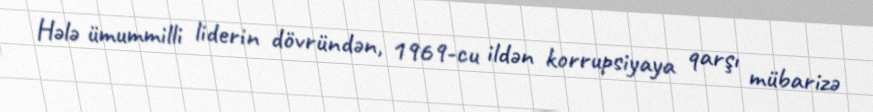
Hələ ümummilli liderin dövründən, 1969-cu ildən korrupsiyaya qarşı mübarizə